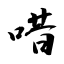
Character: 唶